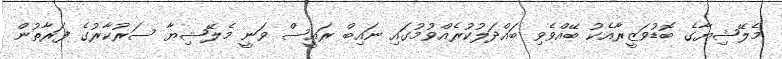
މެލޭޝިޔާގެ ބޮޑުވަޒީރާއެކު ބޭއްވެވި ބައްދަލުކުރެއްވުމުގައި ނައިބް ރައީސް ވަނީ މެލޭޝިޔާ ސަރުކާރުގެ ފަރާތުން